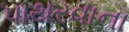
પાથરવાના